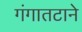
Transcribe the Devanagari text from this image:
गंगातटाने